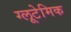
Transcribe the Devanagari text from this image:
ग्लूटेमिक